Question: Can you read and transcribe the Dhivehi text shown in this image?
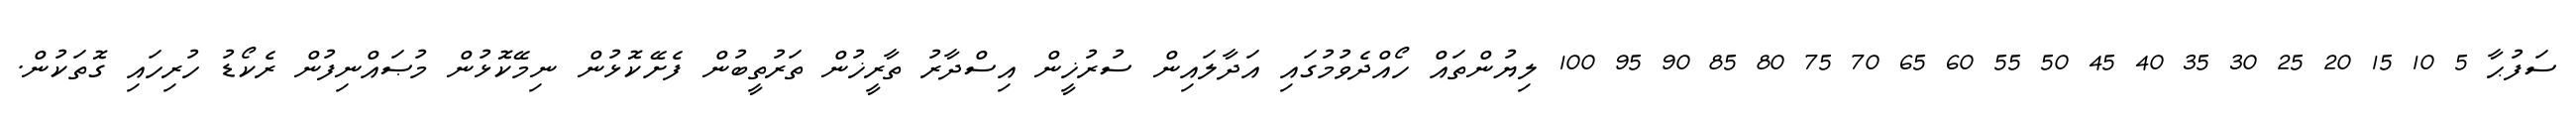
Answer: ސަފުޙާ 5 10 15 20 25 30 35 40 45 50 55 60 65 70 75 80 85 90 95 100 ލިޔުންތައް ހޯއްދެވުމުގައި އަދާލައިން ސުރުޚީން އިސްދާރު ތާރީޚުން ތަރުތީބުން ފެށޭކޮޅުން ނިމޭކޮޅުން މުޞައްނިފުން ރެކޯޑު ހުރިހައި ގޮތަކުން.